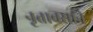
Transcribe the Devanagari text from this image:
नृत्तावसाने